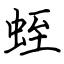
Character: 蛭